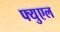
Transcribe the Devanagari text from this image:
फ्युएल